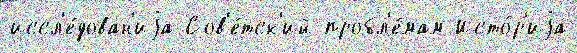
иссл'е́дован'иjа Сов'е́тск'ий пробл'е́мам Исто́р'иjа